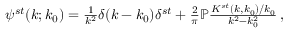
\begin{array} { r } { \psi ^ { s t } ( k ; k _ { 0 } ) = \frac { 1 } { k ^ { 2 } } \delta ( k - k _ { 0 } ) \delta ^ { s t } + \frac { 2 } { \pi } \mathbb { P } \frac { K ^ { s t } ( k , k _ { 0 } ) / k _ { 0 } } { k ^ { 2 } - k _ { 0 } ^ { 2 } } \, , } \end{array}